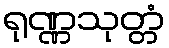
ရုဏ္ဏသုတ္တံ